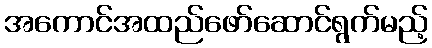
အကောင်အထည်ဖော်ဆောင်ရွက်မည့်